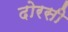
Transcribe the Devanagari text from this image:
दोरसी